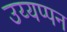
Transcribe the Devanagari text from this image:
उय्यप्पन